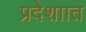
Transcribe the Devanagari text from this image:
प्रदेशाात